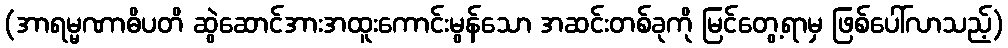
(အာရမ္မဏာဓိပတိ ဆွဲဆောင်အားအထူးကောင်းမွန်သော အဆင်းတစ်ခုကို မြင်တွေ့ရာမှ ဖြစ်ပေါ်လာသည့်)